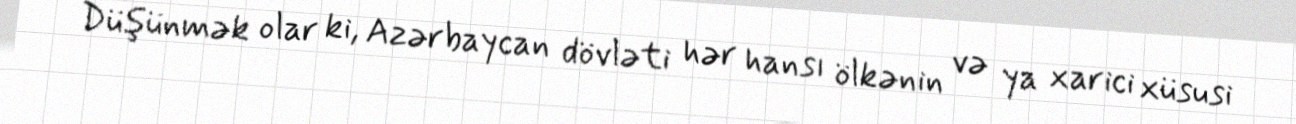
Düşünmək olar ki, Azərbaycan dövləti hər hansı ölkənin və ya xarici xüsusi